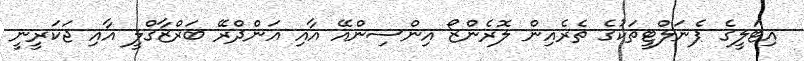
އިޓަލީގެ ޕެނަލްޓީތަކުގެ ތެރެއިން ލޮރެންޒޯ އިންސިންއޭ އާއި އަންދްރޭ ބަރްޒާގްލީ އާއި ޖަކަރީނީ